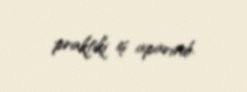
praktiki iş aparırdı.